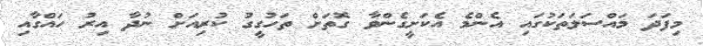
މިފަދަ މައްސަލަތަކުގައި އެންމެ އެކަށީގެންވާ ގޮތަށް ތަހުގީގު ކުރިއަށް ނުދާ އިރު ހައްގާއި